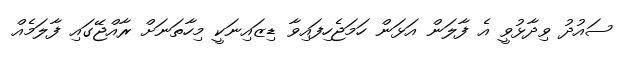
ސައުދު ވިދާޅުވީ އެ ފާލަން އަޅަން ހަމަޖެހިފައިވާ ޑިޒައިނަކީ މިހާތަނަށް ރާއްޖޭގައި ފާލަމެއް